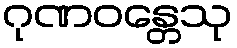
ဂုဏဝန္တေသု